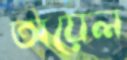
অয়েল